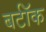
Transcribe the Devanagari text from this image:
बर्टॉक